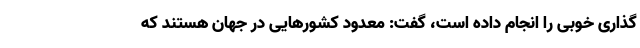
گذاری خوبی را انجام داده است، گفت: معدود کشورهایی در جهان هستند که